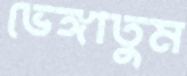
ভেঙ্গাতুম